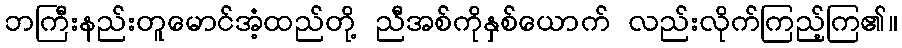
ဘကြီးနည်းတူမောင်အံ့ထည်တို့ ညီအစ်ကိုနှစ်ယောက် လည်းလိုက်ကြည့်ကြ၏။